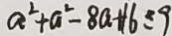
a ^ { 2 } + a ^ { 2 } - 8 a + 1 6 \leq 9